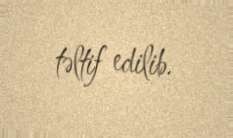
təltif edilib.